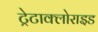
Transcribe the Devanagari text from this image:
ट्रेटाक्लोराइड